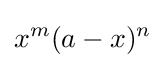
x^{m}(a-x)^{n}